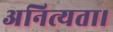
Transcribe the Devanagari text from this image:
अनित्यता।